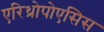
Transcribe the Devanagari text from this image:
एरिथ्रोपोएसिस